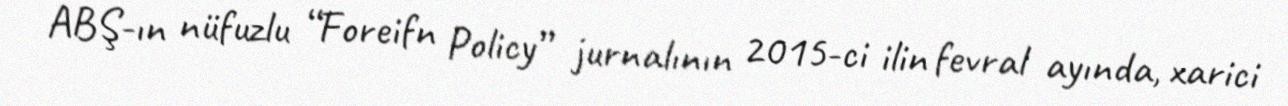
ABŞ-ın nüfuzlu “Foreifn Policy” jurnalının 2015-ci ilin fevral ayında, xarici